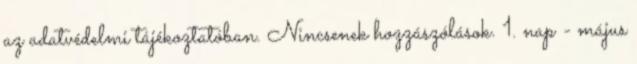
az adatvédelmi tájékoztatóban. Nincsenek hozzászólások. 1. nap - május